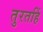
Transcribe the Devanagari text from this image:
तुरतहिं